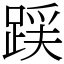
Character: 𮛪